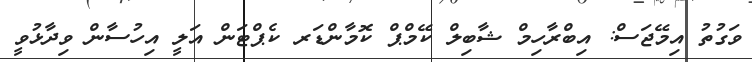
ވަގުތު އިމޭޖަސް: އިބްރާހިމް ޝާބިލް ކޭމްޕް ކޮމާންޑަރ ކެޕްޓަން އަލީ އިހުސާން ވިދާޅުވީ